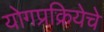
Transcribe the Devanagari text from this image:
योगप्रक्रियेचे